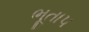
ભૂતાપ